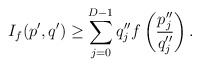
\begin{align*}I_f(p',q') \geq \sum_{j=0}^{D-1} q''_j f \left( \frac{p''_j}{q''_j}\right).\end{align*}